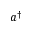
a ^ { \dagger }